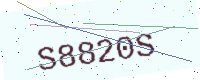
Text: S8820S